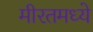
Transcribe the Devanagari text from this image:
मीरतमध्ये